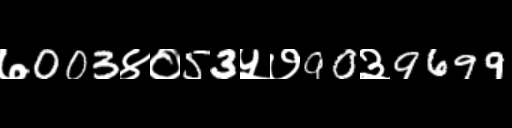
Text: ७003४०53५७90३9699